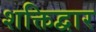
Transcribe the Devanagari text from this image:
शक्तिद्वार